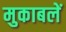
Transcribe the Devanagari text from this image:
मुकाबलें